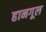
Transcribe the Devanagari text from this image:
हानगूल